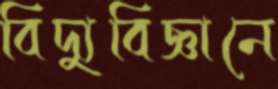
বিদ্যুবিজ্ঞানে